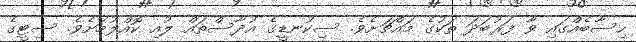
ހިސާބެއްގައި ވާ ފަރުބަދަ ތަކުގެ މައްޗަށެވެ. ސިކުނޑީގެ އުދާސްތައް ލުއި ކޮއްލުމަށެވެ. ސިޓީގެ